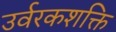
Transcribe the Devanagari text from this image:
उर्वरकशक्ति